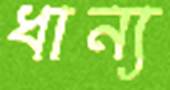
ধান্য